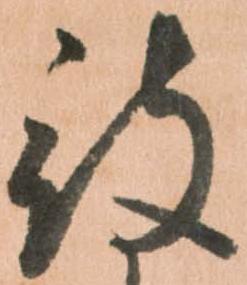
被